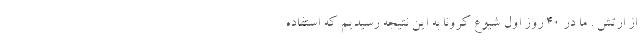
از ارتش . ما در 40 روز اول شیوع کرونا به این نتیجه رسیدیم که استفاده